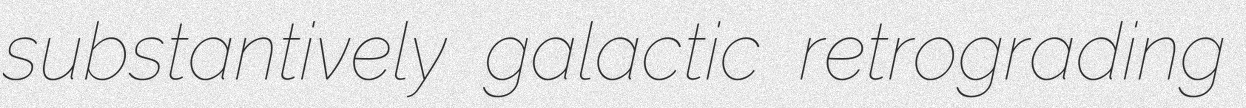
substantively galactic retrograding